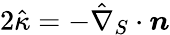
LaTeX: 2\hat{\kappa}=-\hat{\nabla}_{S}\cdot\boldsymbol{n}